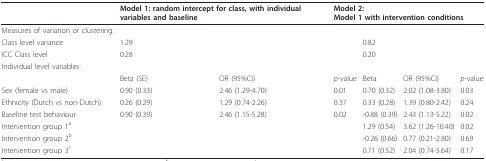
|  | <COLSPAN=2> Model 1: random intercept for class, with individual variables and baseline | <COLSPAN=4> Model 2:Model 1 with intervention conditions |
 | --- | --- | --- | --- | --- | --- | --- |
 | Measures of variation or clustering: |  |  |  |  |  |  |
 | Class level variance | 1.29 |  |  | 0.82 |  |  |
 | ICC Class level | 0.28 |  |  | 0.20 |  |  |
 | Individual level variables: |  |  |  |  |  |  |
 |  | Beta (SE) | OR (95%CI) | p-value | Beta | OR (95%CI) | p-value |
 | Sex (female vs male) | 0.90 (0.33) | 2.46 (1.29-4.70) | 0.01 | 0.70 (0.32) | 2.02 (1.08-3.80) | 0.03 |
 | Ethnicity (Dutch vs non-Dutch) | 0.26 (0.29) | 1.29 (0.74-2.26) | 0.37 | 0.33 (0.28) | 1.39 (0.80-2.42) | 0.24 |
 | Baseline test behaviour | 0.90 (0.39) | 2.46 (1.15-5.28) | 0.02 | -0.88 (0.39) | 2.43 (1.13-5.22) | 0.02 |
 | Intervention group 1a |  |  |  | 1.29 (0.54) | 3.62 (1.26-10.40) | 0.02 |
 | Intervention group 2b |  |  |  | -0.26 (0.66) | 0.77 (0.21-2.80) | 0.69 |
 | Intervention group 3c |  |  |  | 0.71 (0.52) | 2.04 (0.74-5.64) | 0.17 |